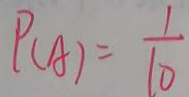
P ( A ) = \frac { 1 } { 1 0 }